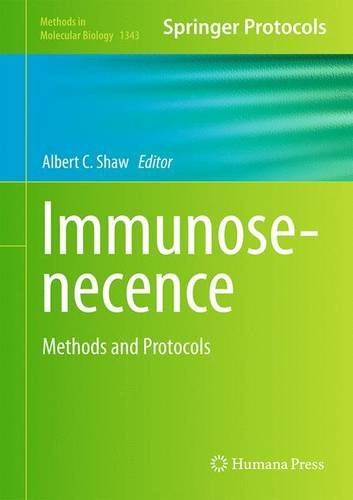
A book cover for Immunosenecence: Methods and Protocols (Methods in Molecular Biology); Medical Books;